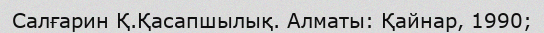
Салғарин Қ.Қасапшылық. Алматы: Қайнар, 1990;